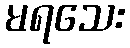
မရသေး